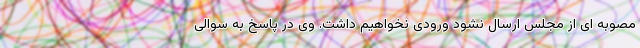
مصوبه ای از مجلس ارسال نشود ورودی نخواهیم داشت. وی در پاسخ به سوالی